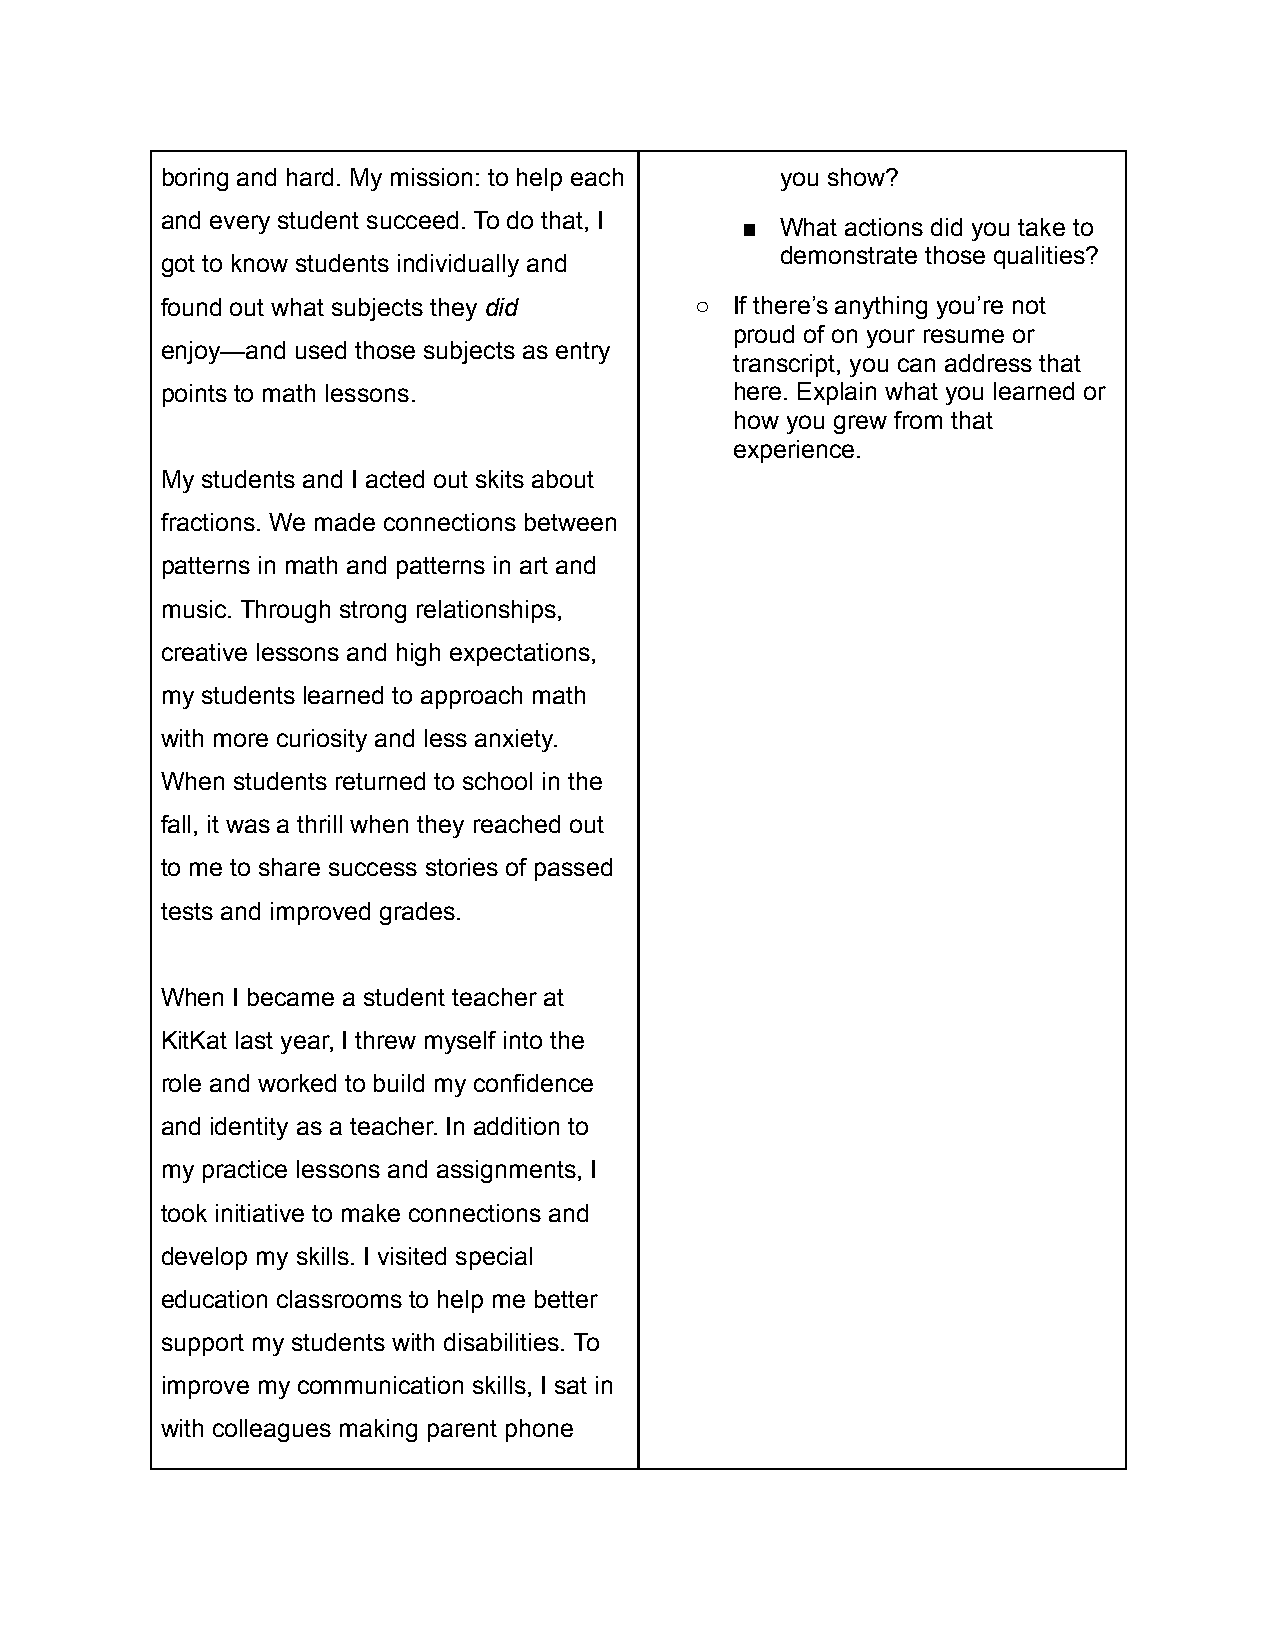
boring and hard. My mission: to help each you show?
 and every student succeed. To do that, I
 ■  What actions did you take to
 demonstrate those qualities?
 got to know students individually and
 found out what subjects they did   ○  If there’s anything you’re not
 proud of on your resume or
 enjoy—and used those subjects as entry
 transcript, you can address that
 points to math lessons.               here. Explain what you learned or
 how you grew from that
 experience.
 My students and I acted out skits about
 fractions. We made connections between
 patterns in math and patterns in art and
 music. Through strong relationships,
 creative lessons and high expectations,
 my students learned to approach math
 with more curiosity and less anxiety.
 When students returned to school in the
 fall, it was a thrill when they reached out
 to me to share success stories of passed
 tests and improved grades.
 When I became a student teacher at
 KitKat last year, I threw myself into the
 role and worked to build my confidence
 and identity as a teacher. In addition to
 my practice lessons and assignments, I
 took initiative to make connections and
 develop my skills. I visited special
 education classrooms to help me better
 support my students with disabilities. To
 improve my communication skills, I sat in
 with colleagues making parent phone